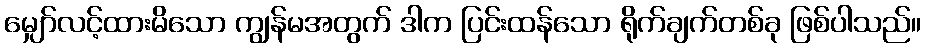
မျှော်လင့်ထားမိသော ကျွန်မအတွက် ဒါက ပြင်းထန်သော ရိုက်ချက်တစ်ခု ဖြစ်ပါသည်။